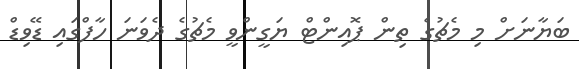
ބަޔާނަށް މި މެޗުގެ ތިން ޕޮއިންޓް ޔަގީންވީ މެޗުގެ ދެވަނަ ހާފްގައި ޑޭވިޑް